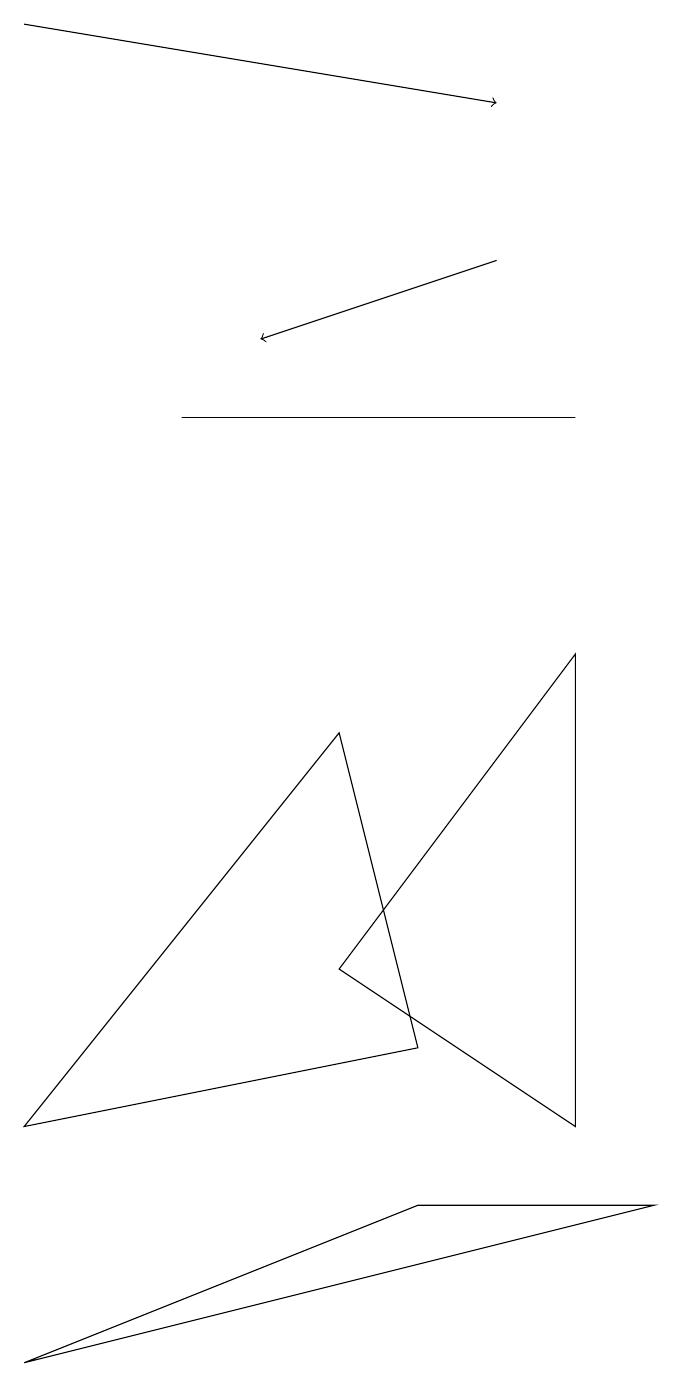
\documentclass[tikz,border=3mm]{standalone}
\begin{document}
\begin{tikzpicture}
\draw (9,2) -- (6,2) -- (1,0) -- cycle;
\draw[->] (7,14) -- (4,13);
\draw (8,3) -- (8,9) -- (5,5) -- cycle;
\draw[->] (1,17) -- (7,16);
\draw (8,12) rectangle (3,12);
\draw (6,4) -- (5,8) -- (1,3) -- cycle;
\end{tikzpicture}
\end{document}